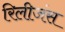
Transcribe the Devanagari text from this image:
रिलीजंस